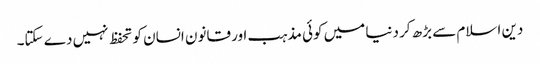
دین اسلام سے بڑھ کر دنیا میں کوئی مذہب اور قانون انسان کو تحفظ نہیں دے سکتا۔